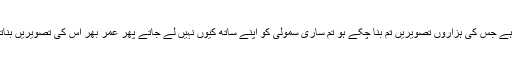
”یہ جو تمہاری طرف کھینچی چلی آ رہی ہے جس کی ہزاروں تصویریں تم بنا چکے ہو تم ساری سمولی کو اپنے ساتھ کیوں نہیں لے جاتے پھر عمر بھر اس کی تصویریں بناتے اور بیچتے رہنا صرف پندرہ ہزار میں۔